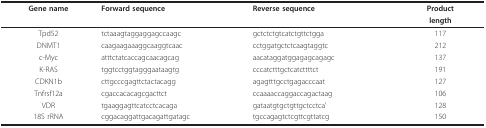
<table><thead><tr><td><b>Gene name</b></td><td><b>Forward sequence</b></td><td><b>Reverse sequence</b></td><td><b>Product </b></td></tr><tr><td></td><td></td><td></td><td><b>length</b></td></tr></thead><tbody><tr><td>Tpd52</td><td>tctaaagtaggaggagccaagc</td><td>gctctctgtcatctgttctgga</td><td>117</td></tr><tr><td>DNMT1</td><td>caagaagaaaggcaaggtcaac</td><td>cctggatgctctcaagtaggtc</td><td>212</td></tr><tr><td>c-Myc</td><td>atttctatcaccagcaacagcag</td><td>aacataggatggagagcagagc</td><td>137</td></tr><tr><td>K-RAS</td><td>tggtcctggtagggaataagtg</td><td>cccatctttgctcatcttttct</td><td>191</td></tr><tr><td>CDKN1b</td><td>cttgcccgagttctactacagg</td><td>agagtttgcctgagacccaat</td><td>127</td></tr><tr><td>Tnfrsf12a</td><td>cgaccacacagcgacttct</td><td>ccaaaaccaggaccagactaag</td><td>106</td></tr><tr><td>VDR</td><td>tgaaggagttcatcctcacaga</td><td>gataatgtgctgttgctcctca&#x27;</td><td>128</td></tr><tr><td>18S rRNA</td><td>cggacaggattgacagattgatagc</td><td>tgccagagtctcgttcgttatcg</td><td>150</td></tr></tbody></table>